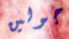
جولين